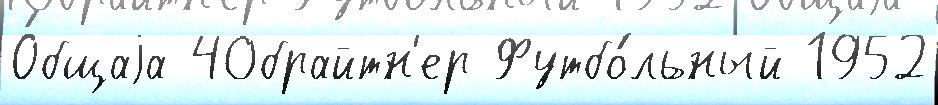
О́бщаjа 40брайтн'ер Футбо́льный 1952